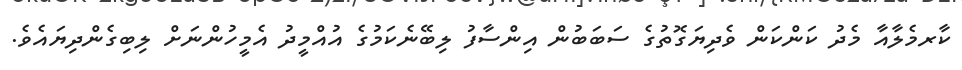
ކާރމެލާއާ މެދު ކަންކަން ވެދިޔަގޮތުގެ ސަބަބުން އިންސާފު ލިބޭނެކަމުގެ އުއްމީދު އެމީހުންނަށް ލިބިގެންދިޔައެވެ.